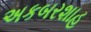
અકબરશાહ